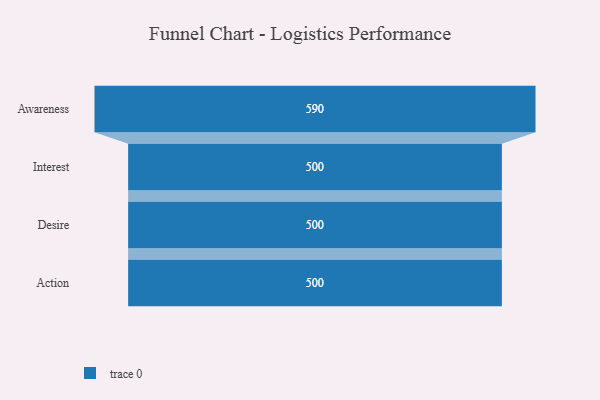
{"axis": {"x": "Stage", "y": "Value"}, "legend": [""], "data": [{"x": "Awareness", "y": 590.0, "type": ""}, {"x": "Interest", "y": 500, "type": ""}, {"x": "Desire", "y": 500, "type": ""}, {"x": "Action", "y": 500, "type": ""}]}